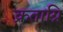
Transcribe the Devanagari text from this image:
क्रताग्नि